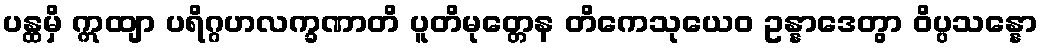
ပန္ထမှိ ဣထျာ ပရိဂ္ဂဟလက္ခဏာတိ ပူတိမုတ္တေန တိကေသုယေဝ ဥန္နာဒေတွာ ဝိပ္ပသန္နော